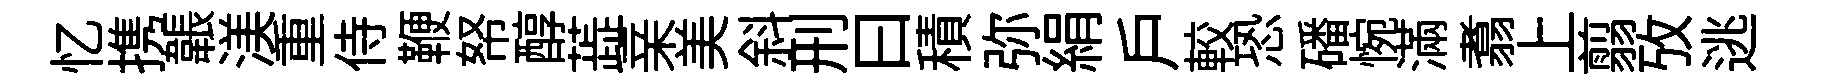
忆携韔渼重侍鞭帑醇蕋亲美斜刑曰積弥絹戶較恐磻惋滿翥上翦攷逃